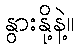
နွားနို့နဲ့။